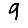
Digit: 9